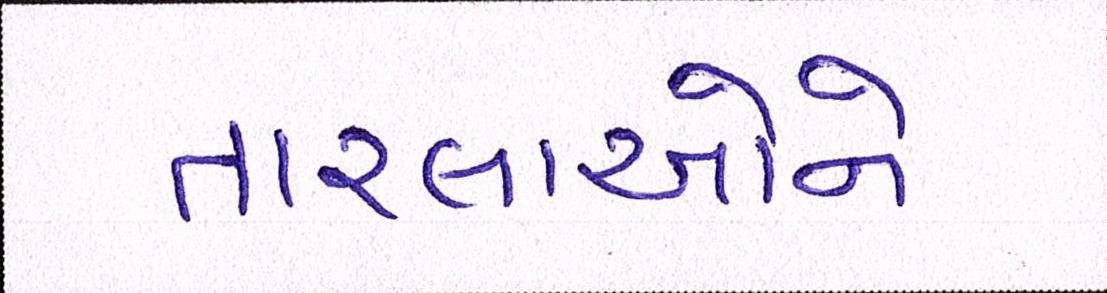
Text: તારલાઓને